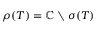
\rho ( T ) = \mathbb { C } \setminus \sigma ( T )